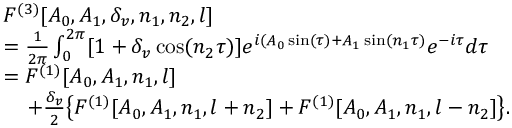
\begin{array} { r l } & { F ^ { ( 3 ) } [ A _ { 0 } , A _ { 1 } , \delta _ { v } , n _ { 1 } , n _ { 2 } , l ] } \\ & { = \frac { 1 } { 2 \pi } \int _ { 0 } ^ { 2 \pi } [ 1 + \delta _ { v } \cos ( n _ { 2 } \tau ) ] e ^ { i ( A _ { 0 } \sin ( \tau ) + A _ { 1 } \sin ( n _ { 1 } \tau ) } e ^ { - i \tau } d \tau } \\ & { = F ^ { ( 1 ) } [ A _ { 0 } , A _ { 1 } , n _ { 1 } , l ] } \\ & { \; \; \; \; + \frac { \delta _ { v } } { 2 } \bigl \{ F ^ { ( 1 ) } [ A _ { 0 } , A _ { 1 } , n _ { 1 } , l + n _ { 2 } ] + F ^ { ( 1 ) } [ A _ { 0 } , A _ { 1 } , n _ { 1 } , l - n _ { 2 } ] \bigl \} . } \end{array}